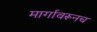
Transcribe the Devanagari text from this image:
मार्गावरूनच